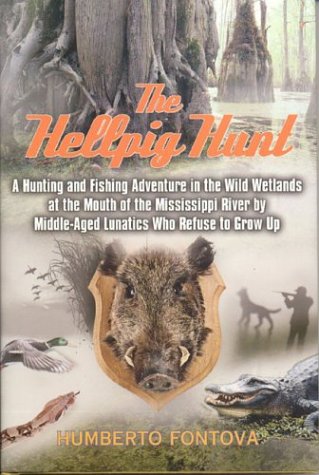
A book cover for The Hellpig Hunt: A Hunting Adventure in the Wild Wetlands at the Mouth of the Mississippi River by Middle Aged Lunatics Who Refuse to Grow up; Humberto Fontova; Travel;